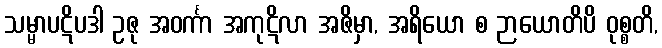
သမ္မာပဋိပဒါ ဥဇု အဝင်္ကာ အကုဋိလာ အဇိမှာ, အရိယော စ ဉာယောတိပိ ဝုစ္စတိ,